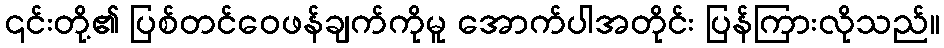
၎င်းတို့၏ ပြစ်တင်ဝေဖန်ချက်ကိုမူ အောက်ပါအတိုင်း ပြန်ကြားလိုသည်။